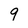
Character: 9